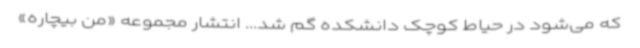
که می‌شود در حیاط کوچک دانشکده گم شد... انتشار مجموعه «من بیچاره»